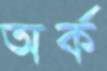
অর্ক